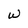
Character: w